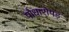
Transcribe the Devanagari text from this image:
पौधारोपड़